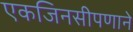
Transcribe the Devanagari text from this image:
एकजिनसीपणाने